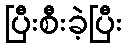
ပြီးစီးခဲ့ပြီး